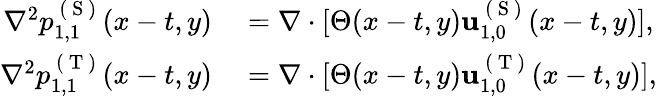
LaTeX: \begin{array}{rl}{\nabla^{2}p_{1,1}^{\mathrm{~(~S~)~}}(x-t,y)}&{{}=\nabla\cdot[\Theta(x-t,y)\mathbf{u}_{1,0}^{\mathrm{~(~S~)~}}(x-t,y)],}\\ {\nabla^{2}p_{1,1}^{\mathrm{~(~T~)~}}(x-t,y)}&{{}=\nabla\cdot[\Theta(x-t,y)\mathbf{u}_{1,0}^{\mathrm{~(~T~)~}}(x-t,y)],}\end{array}